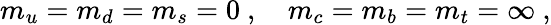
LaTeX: m_{u}=m_{d}=m_{s}=0~,\quad m_{c}=m_{b}=m_{t}=\infty~,